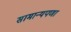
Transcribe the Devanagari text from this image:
सामान्यपणा